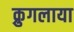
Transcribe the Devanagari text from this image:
क्रुगलाया